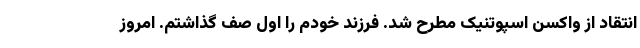
انتقاد از واکسن اسپوتنیک مطرح شد. فرزند خودم را اول صف گذاشتم. امروز